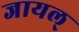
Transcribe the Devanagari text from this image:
जायल्